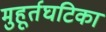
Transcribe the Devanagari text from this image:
मुहूर्तघटिका